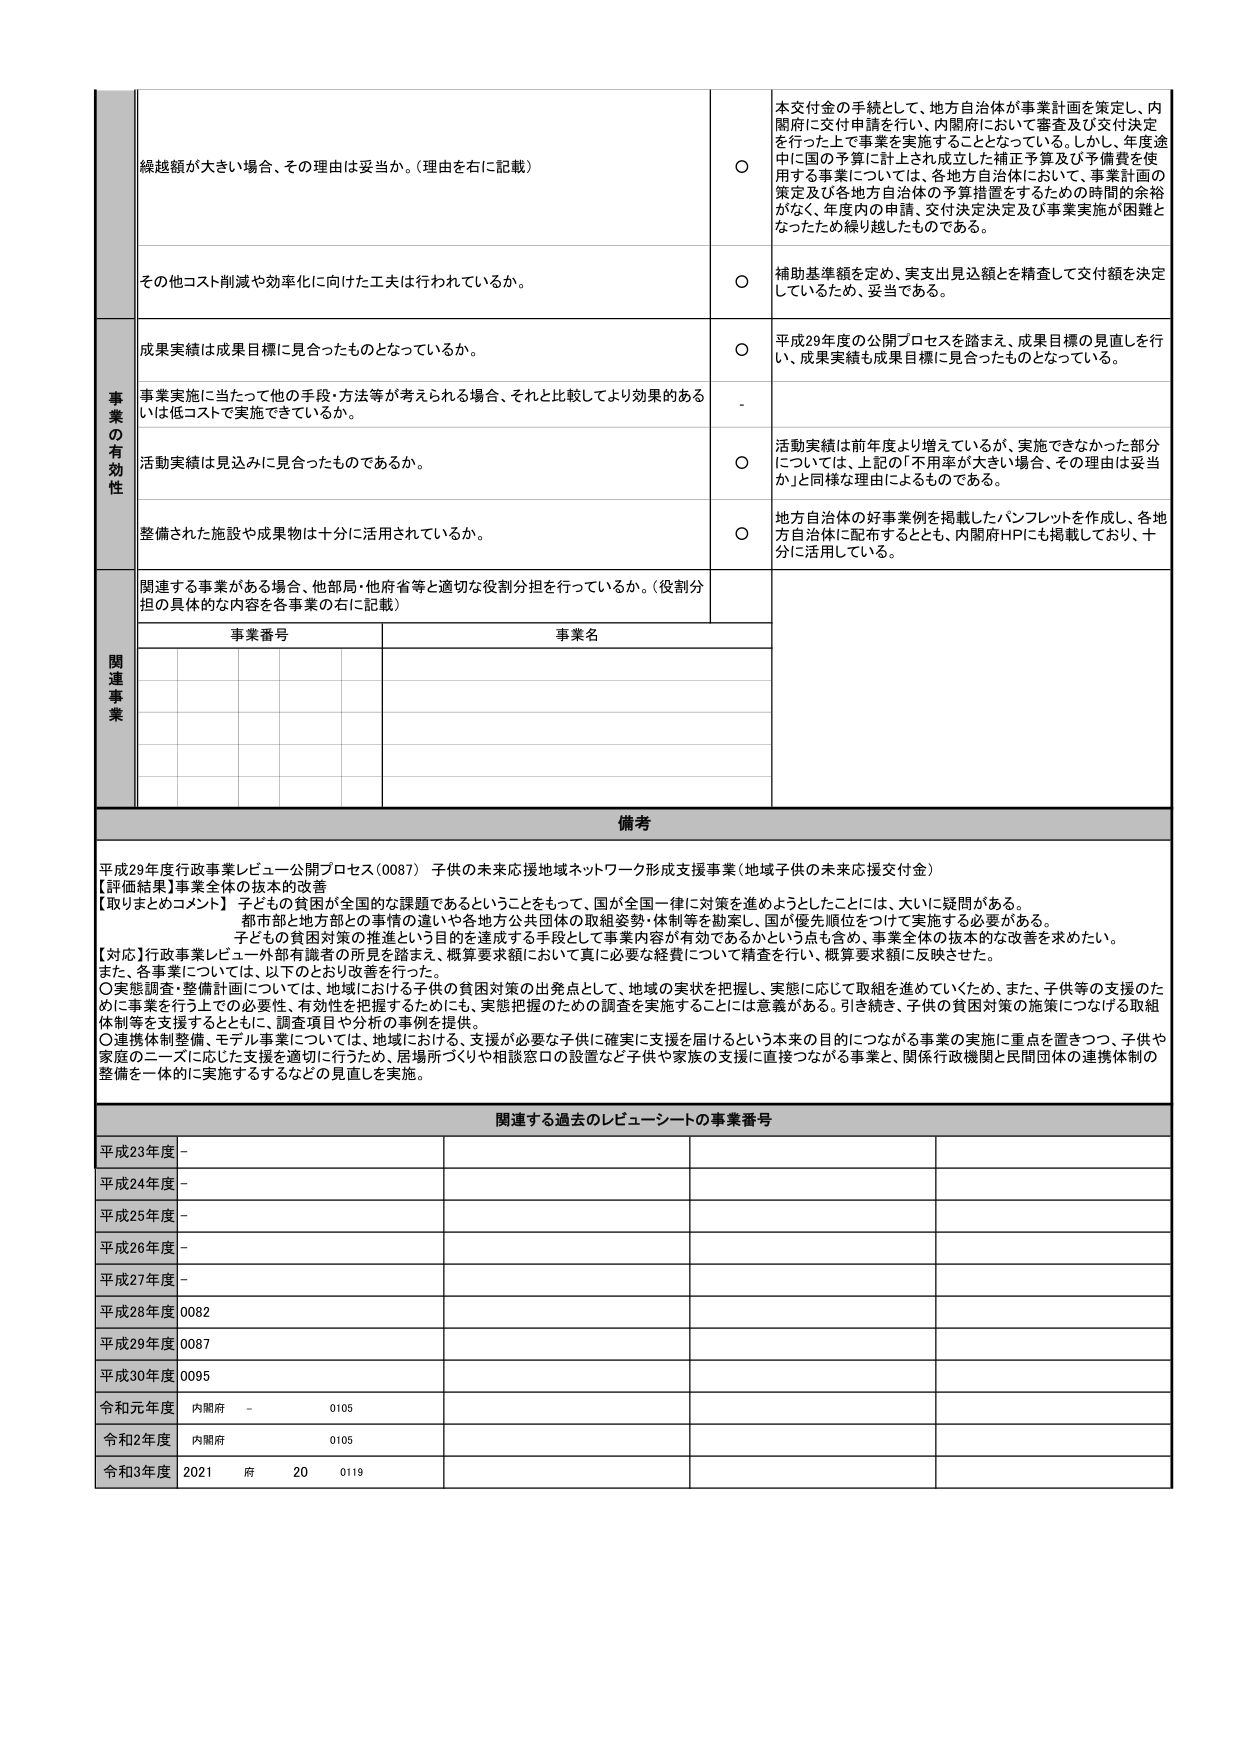
縦越額が大きい場合、その理由は妥当か。（理由を右に記載）

○ 本交付金の手続として、地方自治体が事業計画を策定し、内閣府に交付申請を行い、内閣府において審査及び交付決定を行った上で事業を実施することとなっている。しかし、年度途中に国の予算に計上され成立した補正予算及び予備費を使用する事業については、各地方自治体において、事業計画の策定及び各地方自治体の予算措置をするための時間的余裕がなく、年度内の申請、交付決定決定及び事業実施が困難となったため縦越したものである。

その他コスト削減や効率化に向けた工夫は行われているか。

○ 補助基準額を定め、実支出見込額を精査して交付額を決定しているため、妥当である。

事業の有効性

成果実績は成果目標に見合ったものとなっているか。

○ 平成29年度の公開プロセスを踏まえ、成果目標の見直しを行い、成果実績も成果目標に見合ったものとなっている。

事業実施に当たって他の手段・方法等が考えられる場合、それと比較してより効果的あるいは低コストで実施できているか。

-

活動実績は見込みに見合ったものであるか。

○ 活動実績は前年度より増えているが、実施できなかった部分については、上記の「不用率が大きい場合、その理由は妥当か」と同様な理由によるものである。

整備された施設や成果物は十分に活用されているか。

○ 地方自治体の好事業例を掲載したパンフレットを作成し、各地方自治体に配布するととも、内閣府HPにも掲載しており、十分に活用している。

関連事業

関連する事業がある場合、他部局・他府省等と適切な役割分担を行っているか。（役割分担の具体的な内容を各事業の右に記載）

事業番号 事業名

備考

平成29年度行政事業レビュー公開プロセス（0087） 子供の未来応援地域ネットワーク形成支援事業（地域子供の未来応援交付金）

【評価結果】事業全体の抜本的改善

【取りまとめコメント】 子どもの貧困が全国的な課題であるということをもって、国が全国一律に対策を進めようとしたことは、大いに疑問がある。 都市部と地方部との事情の違いや各地方公共団体の取組姿勢・体制等を勘案し、国が優先順位をつけて実施する必要がある。 子どもの貧困対策の推進という目的を達成する手段として事業内容が有効であるかという点も含め、事業全体の抜本的な改善を求めたい。

【対応】行政事業レビュー外部有識者の所見を踏まえ、概算要求額において真に必要な経費について精査を行い、概算要求額に反映させた。 また、各事業については、以下のとおり改善を行った。 ○実態調査・整備計画については、地域における子供の貧困対策の出発点として、地域の実状を把握し、実態に応じて取組を進めていくため、また、子供等の支援のために事業を行う上での必要性、有効性を把握するためにも、実態把握のための調査を実施することには意義がある。引き続き、子供の貧困対策の施策につなげる取組体制等を支援するとともに、調査項目や分析の事例を提供。 ○連携体制整備、モデル事業については、地域における、支援が必要な子供に確実に支援を届けるという本来の目的につながる事業の実施に重点を置きつつ、子供や家庭のニーズに応じた支援を適切に行うため、居場所づくりや相談窓口の設置など子供や家族の支援に直接つながる事業と、関係行政機関と民間団体の連携体制の整備を一体的に実施するするなどの見直しを実施。

関連する過去のレビューーシートの事業番号

平成23年度 -

平成24年度 -

平成25年度 -

平成26年度 -

平成27年度 -

平成28年度 0082

平成29年度 0087

平成30年度 0095

令和元年度 内閣府 - 0105

令和2年度 内閣府 0105

令和3年度 2021 府 20 0119